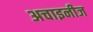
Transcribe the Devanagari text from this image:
अचाइनीज